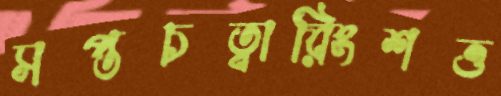
সপ্তচত্বারিংশত্ত